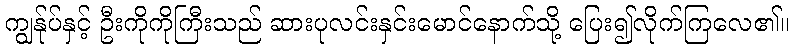
ကျွန်ုပ်နှင့် ဦးကိုကိုကြီးသည် ဆားပုလင်းနှင်းမောင်နောက်သို့ ပြေး၍လိုက်ကြလေ၏။